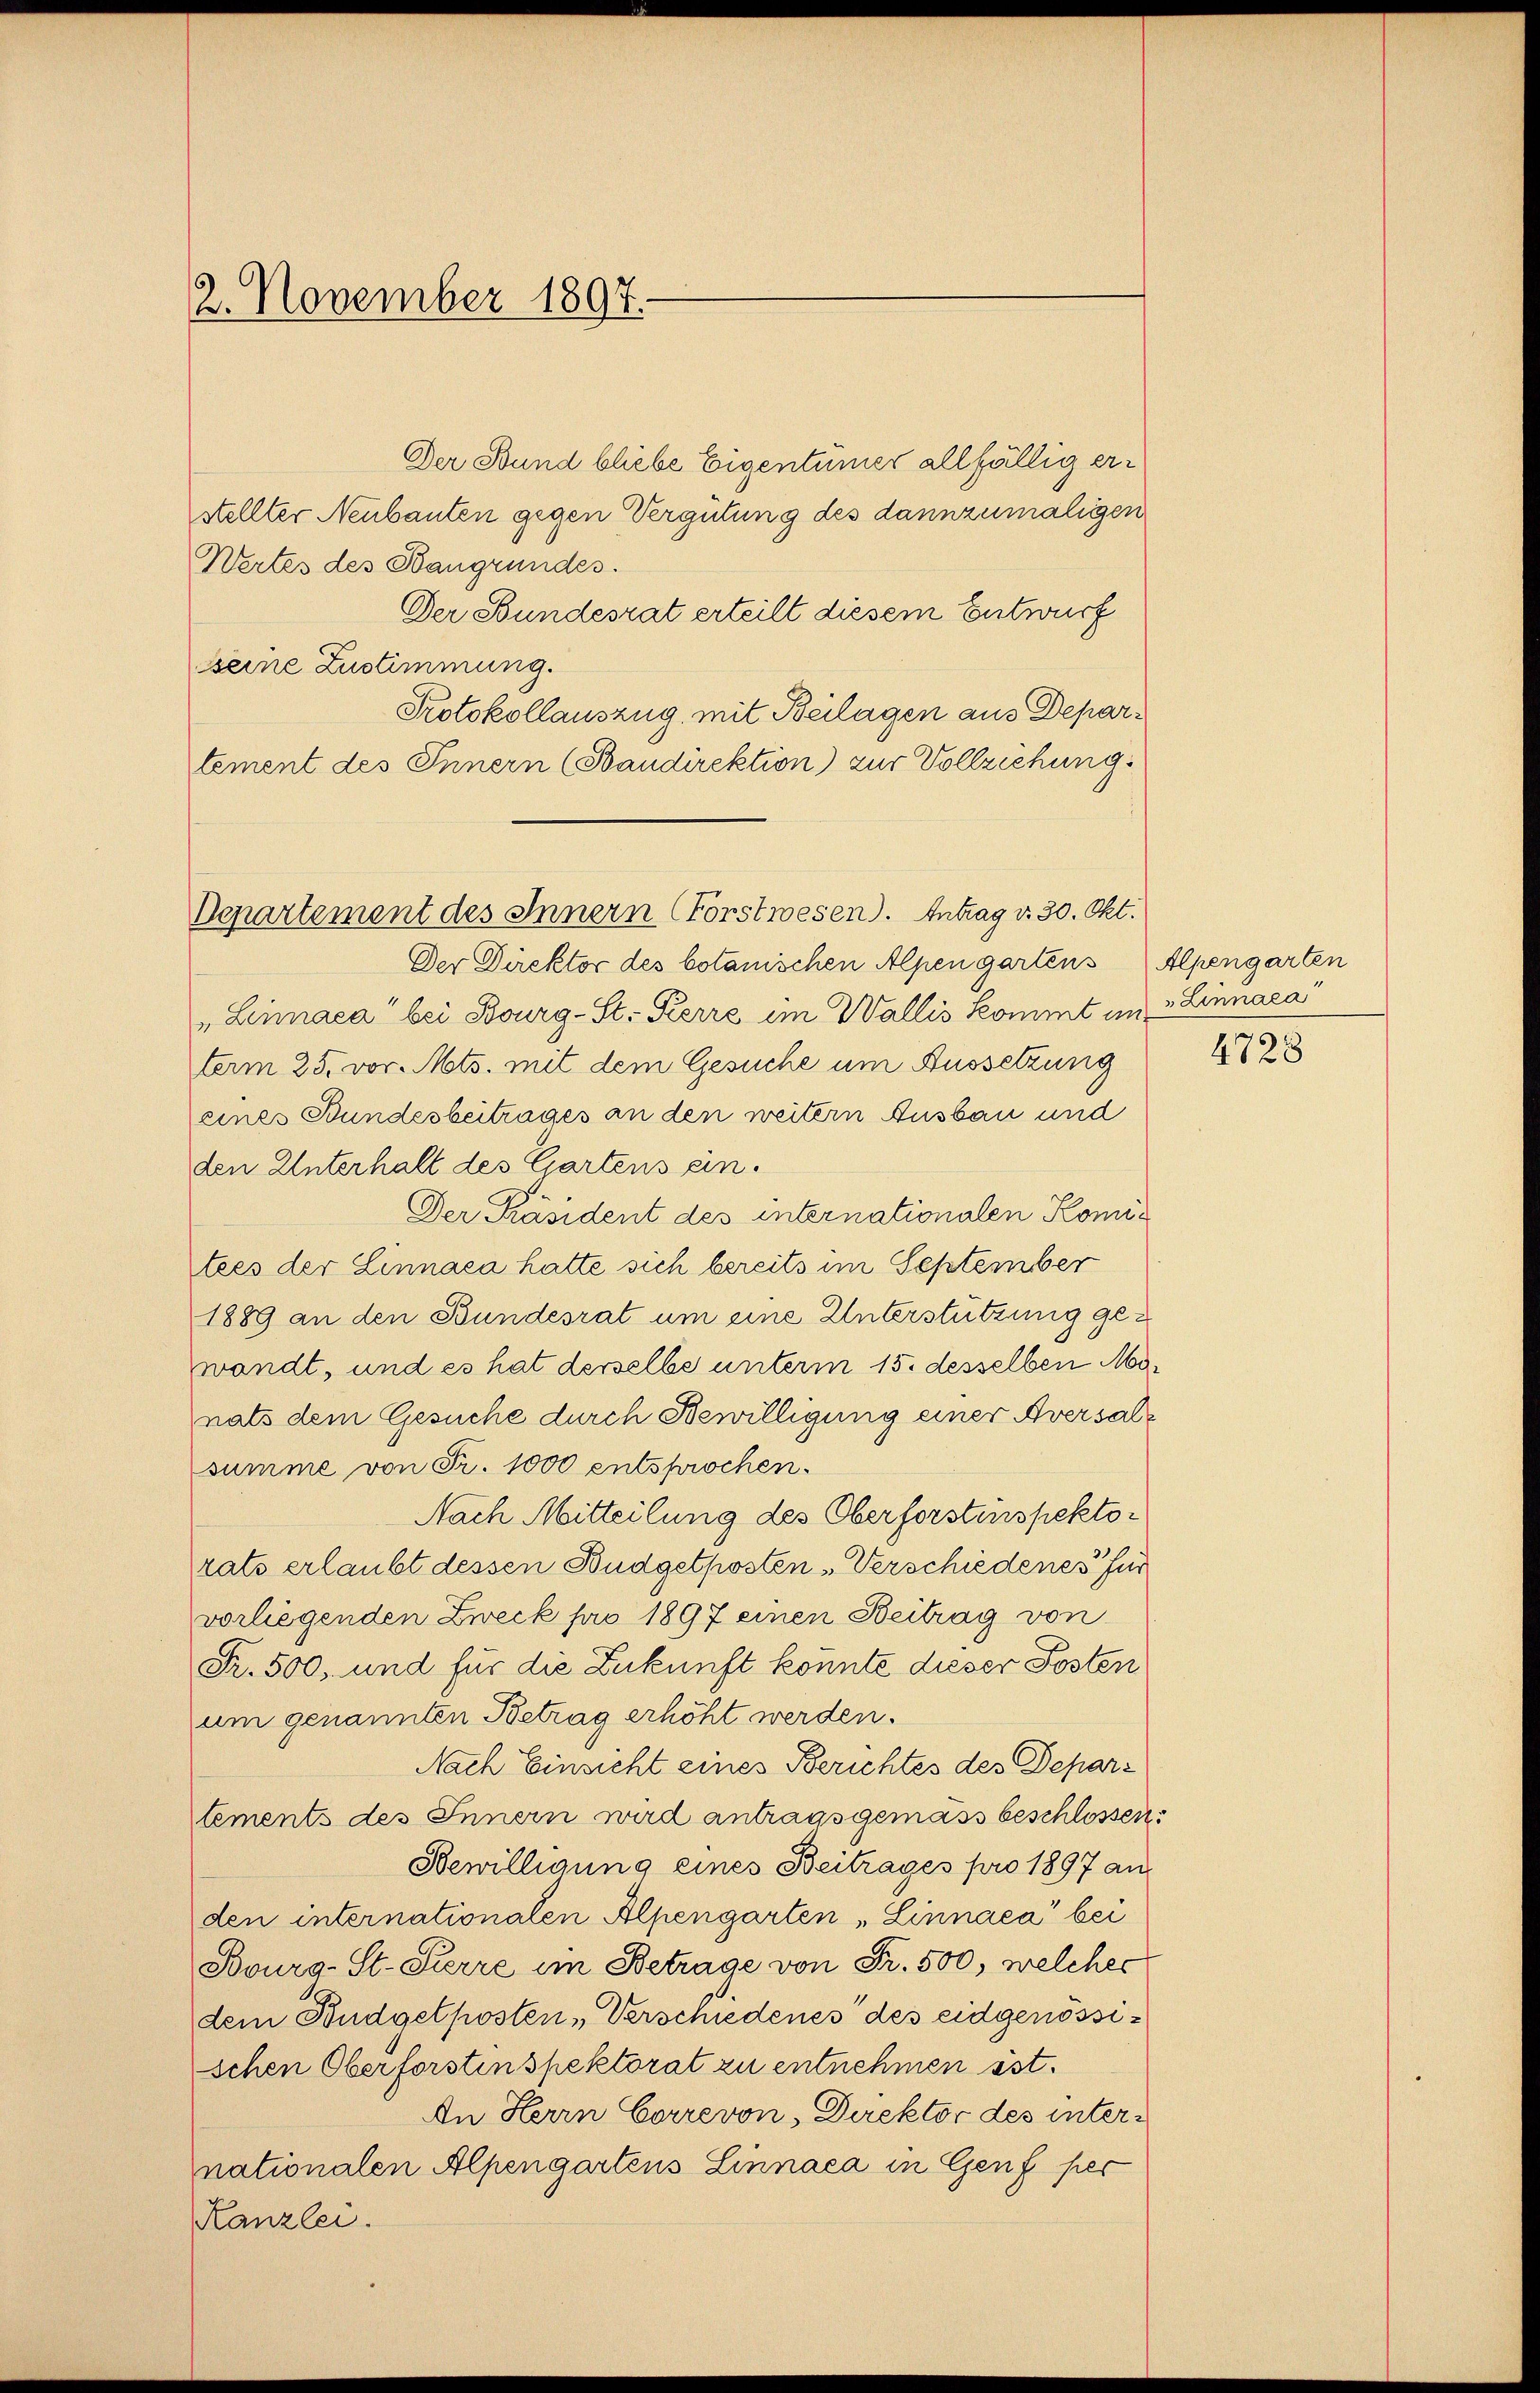
2. November 1897.

Departement des Innern (Forstwesen). Antrag v. 30. Okt.

Der Stund bliebe Eigentümer allfällig erstellter Neubauten gegen Vergütung des dannzumaligen
Wertes des Baugrundes.
Der Bundesrat erteilt diesem Entwurf
seine Zustimmung.
Protokollauszug, mit Beilagen aus Departement des Innern (Baudirektion) zur Vollziehung
Der Direktor des botanischen Alpen gartens
„Lennaca“ bei Bourg-St. Pierre im Wallis kommt im Linnaca
term 25. vor. Mts. mit dem Gesuche um Aussetzung
eines Bundesbeitrages an den weitern Ausbau und
den Unterhalt des Gartens ein¬
Der Präsident des internationalen Komitees der Linnaca hatte sich bereits im September
1889 an den Bundesrat um eine Unterstützung gewandt, und es hat derselbe unterm 15. desselben Mo
nats dem Gesuche durch Bewilligung einer Aversalsumme von Fr. 1000 entsprochen.
Nach Mitteilung des Oberforstinspektor
rats erlaubt dessen Budgetkosten-Verschiedenes für
vorliegenden Zweck pro 1897 einen Beitrag von
Fr. 500, und für die Zukunft könnte dieser Posten
um genannten Betrag erhöht werden.
Nach Einsicht eines Berichtes des Departements des Innern wird antragsgemäss beschlossen:
Bewilligung eines Beitrages pro 1897 an
den internationalen Alpengarten „Linnaca“ bei
Bourg-St. Pierre im Betrage von Fr. 500, welches
dem Budgetposten Verschiedenes des eidgenössischen Oberforstinspektorat zu entnehmen ist.
An Herrn Correvon, Direktor des internationalen Alpengartens Linnaca in Genf per
Kanzlei.

Alpengarten

4728